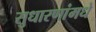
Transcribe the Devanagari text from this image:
सुधारणांमधे